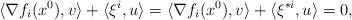
LaTeX: \begin{align*}\langle\nabla f_i(x^0), v\rangle+\langle\xi^i, u\rangle=\langle\nabla f_i(x^0), v\rangle+\langle\xi^{*i}, u\rangle=0, \end{align*}